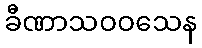
ခီဏာသဝဝသေန